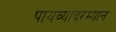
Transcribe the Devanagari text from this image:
पायव्यादरम्यान